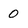
Character: 0